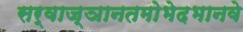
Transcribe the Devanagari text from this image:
सर्वाज्ञानतमोभेदभानवे